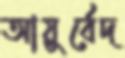
আয়ুর্বেদ